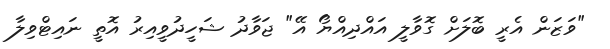
"ވަޒަން އެރީ ބޮލަށް ގޮވާލީ އައްދިއްޔޯ އޭ" ޖަވާދު ޝަހީދުވީއިރު އޮތީ ނައިޓްވިލާ